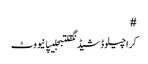
#
کراچیلوڈشیڈنگقلتبجلیپانیووٹ